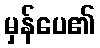
မှန်ပေ၏